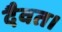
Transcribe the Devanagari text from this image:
दैवत।